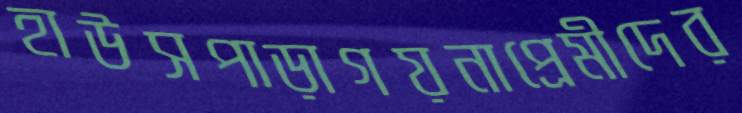
হাউসপাড়াগয়নাপ্রেমীদের